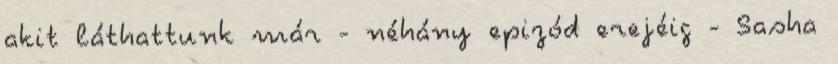
akit láthattunk már - néhány epizód erejéig - Sasha